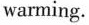
warming.